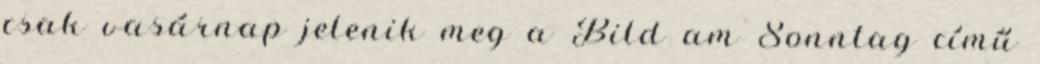
csak vasárnap jelenik meg a Bild am Sonntag című